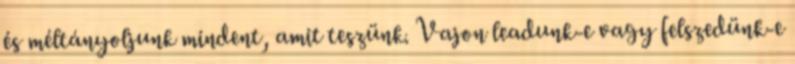
és méltányoljunk mindent, amit teszünk. Vajon leadunk-e vagy felszedünk-e